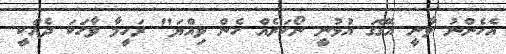
އެހެންނު ވާނީ އެގޭގަ އުޅުނީ ނޯކަރެއް ހެން ވިއްޔަ" ރަހީމާ ވާހަކަ ދެއްކީ